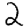
Digit: 2